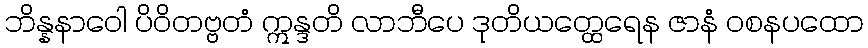
ဘိန္နနာဝေါ ပိဝိတဗ္ဗတံ ဣန္ဒတိ လာဘီပေ ဒုတိယတ္ထေရေန ဇာနံ ဝစနပထော